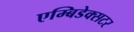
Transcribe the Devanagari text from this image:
एम्बिडेक्सटर